Vaccine operations Central Provinces & Berar 1922-1929 - 1922-1929
Year: 1922
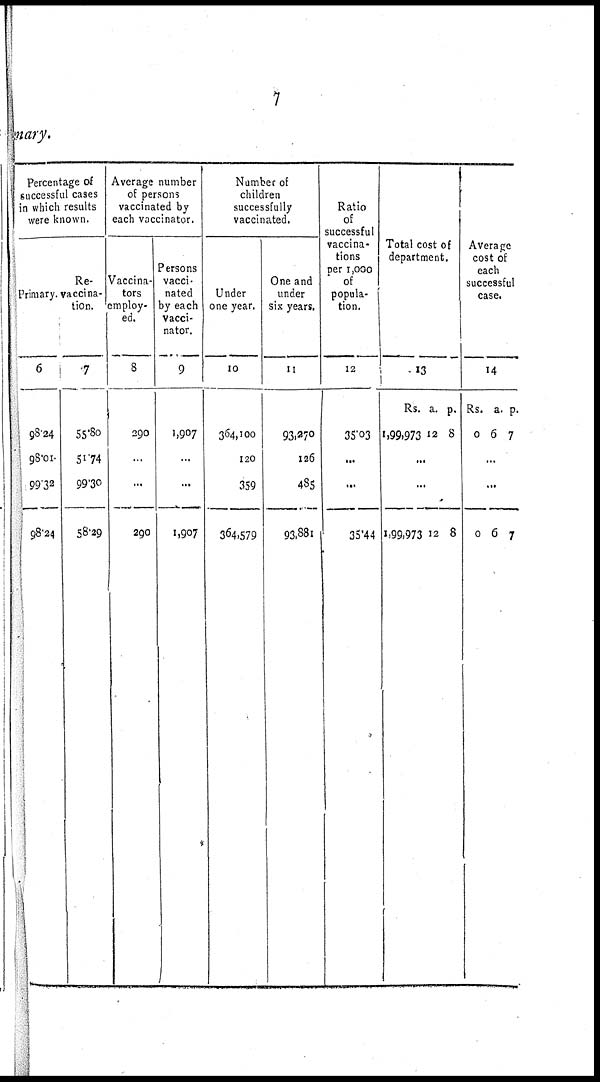
7
mary.
Percentage of
successful cases
in which results
were known.
Primary.
6
98.24
98.01
99.32
98.24
Re-
vaccina-
tion.
7
55.80
51.74
99.30
58.29
Average number
of persons
vaccinated by
each vaccinator.
Vaccina-
tors
employ-
ed.
8
290
...
...
290
Persons
vacci-
nated
by each
vacci-
nator.
9
1,907
...
...
1,907
Number of
children
successfully
vaccinated.
Under
one year.
10
364,100
120
359
364,579
One and
under
six years.
11
93,270
126
485
93,881
Ratio
of
successful
vaccina-
tions
per 1,000
of
popula-
tion.
12
35.03
...
...
35.44
Total cost of
department.
13
Rs.
1,99,973
a.
12
p.
8
...
...
1,99,973 12 8
Average
cost of
each
successful
case.
14
Rs.
0
a.
6
p.
7
...
...
0 6 7